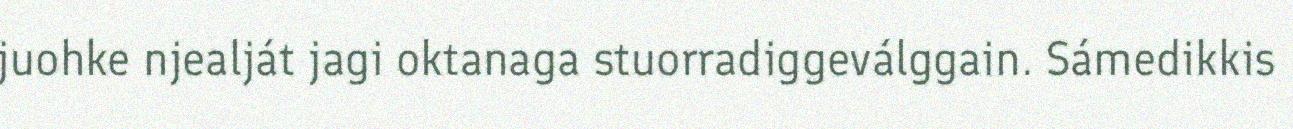
juohke njealját jagi oktanaga stuorradiggeválggain. Sámedikkis